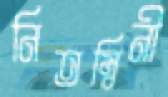
নিতম্বিনী